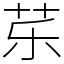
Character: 𱽚